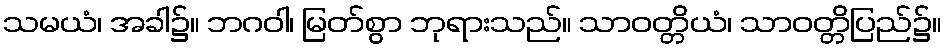
သမယံ၊ အခါ၌။ ဘဂဝါ၊ မြတ်စွာ ဘုရားသည်။ သာဝတ္တိယံ၊ သာဝတ္တိပြည်၌။